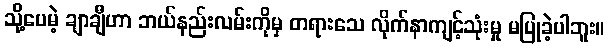
သို့ပေမဲ့ ချာချီဟာ ဘယ်နည်းလမ်းကိုမှ တရားသေ လိုက်နာကျင့်သုံးမှု မပြုခဲ့ပါဘူး။